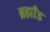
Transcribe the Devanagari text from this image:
ब्रह्माँड